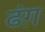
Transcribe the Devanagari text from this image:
ढंग़